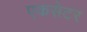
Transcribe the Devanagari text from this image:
एकसेटर